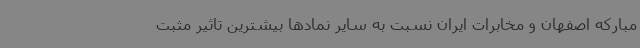
مبارکه اصفهان و مخابرات ایران نسبت به سایر نمادها بیشترین تاثیر مثبت